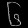
Digit: ၆